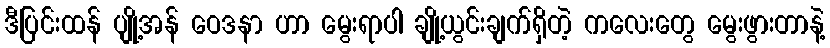
ဒီပြင်းထန် ပျို့အန် ဝေဒနာ ဟာ မွေးရာပါ ချို့ယွင်းချက်ရှိတဲ့ ကလေးတွေ မွေးဖွားတာနဲ့